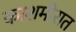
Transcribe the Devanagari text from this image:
काशमीरात